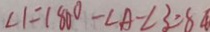
\angle 1 = 1 8 0 ^ { \circ } - \angle A - \angle 3 = 8